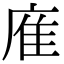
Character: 㢈